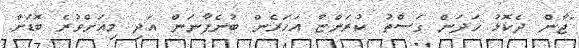
"ޖާން ދެކޮޅު ހަދަން ގަސްތު ކުރަންޏާ އަހަރެން ބުނެފާނަން އަދި މިއަށްވުރެ ބޮޑަށް.